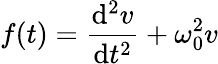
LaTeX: f(t)={\frac{\mathrm{d}^{2}v}{\mathrm{d}t^{2}}}+\omega_{0}^{2}v